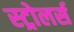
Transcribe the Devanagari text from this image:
स्ट्रोलर्स